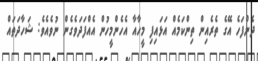
ދެންފަހެ އޭގެ ތެރެއިން ތިންކަމެއް އަޅައިފި މީހާއާ އެހެންމީހުން އެއްފަދަވެގެން ނުވެއެވެ: ޝަހާދަތައް